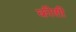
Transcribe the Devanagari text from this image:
कीशी